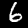
Digit: 6